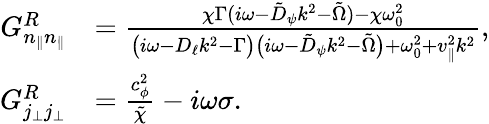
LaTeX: \begin{array}{rl}{G_{n_{\| }n_{\| }}^{R}}&{=\frac{\chi\Gamma(i\omega-\tilde{D}_{\psi}k^{2}-\tilde{\Omega})-\chi\omega_{0}^{2}}{\big(i\omega-D_{\ell}k^{2}-\Gamma\big)\big(i\omega-\tilde{D}_{\psi}k^{2}-\tilde{\Omega}\big)+\omega_{0}^{2}+v_{\| }^{2}k^{2}},}\\ {G_{j_{\perp}j_{\perp}}^{R}}&{=\frac{c_{\phi}^{2}}{\tilde{\chi}}-i\omega\sigma.}\end{array}